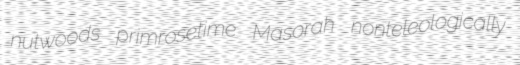
nutwoods primrosetime Masorah nonteleologically